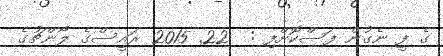
ގެ ފީ ނެގުން ފަސްކޮށްފި :  22